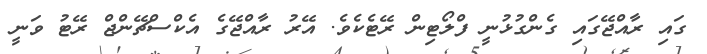
ގައި ރާއްޖޭގައި ގެންގުޅުނީ ފްލޯޓިން ރޭޓެކެވެ. އޭރު ރާއްޖޭގެ އެކްސްޗޭންޖް ރޭޓު ވަނީ